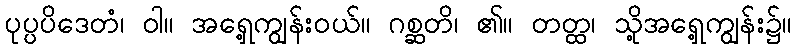
ပုပ္ပပိဒေတံ၊ ဝါ။ အရှေ့ကျွန်းဝယ်။ ဂစ္ဆတိ၊ ၏။ တတ္ထ၊ သို့အရှေ့ကျွန်း၌။